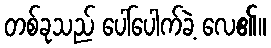
တစ်ခုသည် ပေါ်ပေါက်ခဲ့ လေ၏။